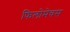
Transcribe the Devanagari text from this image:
फिलोमेचस